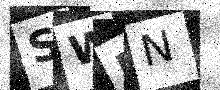
Text: SWDN